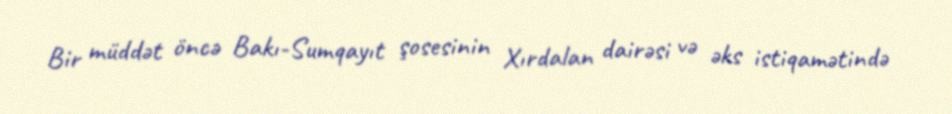
Bir müddət öncə Bakı-Sumqayıt şosesinin Xırdalan dairəsi və əks istiqamətində